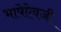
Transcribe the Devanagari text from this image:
भाषेऐवजी